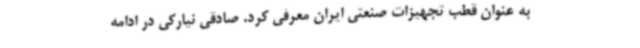
به عنوان قطب تجهیزات صنعتی ایران معرفی کرد. صادقی نیارکی در ادامه